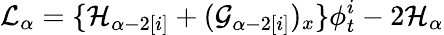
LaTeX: {\cal L}_{\alpha}=\{ {\cal H}_{\alpha-2[i]}+({\cal G}_{\alpha-2[i]})_{x}\} \phi_{t}^{i}-2{\cal H}_{\alpha}